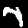
Label: 7